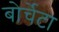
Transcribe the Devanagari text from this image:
बोर्चेटा